Civil Veterinary Dept. Bombay admin report 1923-31 - 1923-1931
Year: 1923
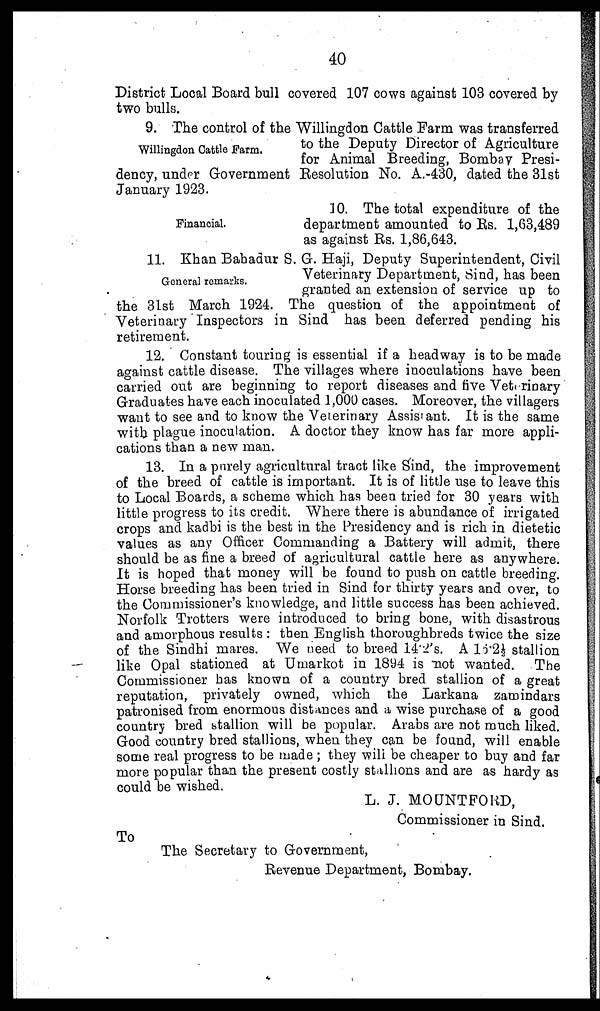
40
District Local Board bull covered 107 cows against 103 covered by
two bulls.
Willingdon Cattle Farm.
9. The control of the Willingdon Cattle Farm was transferred
to the Deputy Director of Agriculture
for Animal Breeding, Bombay Presi-
dency, under Government Resolution No. A.-430, dated the 31st
January 1923.
Financial.
10. The total expenditure of the
department amounted to Rs. 1,63,489
as against Rs. 1,86,643.
General remarks.
11. Khan Bahadur S. G. Haji, Deputy Superintendent, Civil
Veterinary Department, Sind, has been
granted an extension of service up to
the 31st March 1924. The question of the appointment of
Veterinary Inspectors in Sind has been deferred pending his
retirement.
12. Constant touring is essential if a headway is to be made
against cattle disease. The villages where inoculations have been
carried out are beginning to report diseases and five Veterinary
Graduates have each inoculated 1,000 cases. Moreover, the villagers
want to see and to know the Veterinary Assistant. It is the same
with plague inoculation. A doctor they know has far more appli-
cations than a new man.
13. In a purely agricultural tract like Sind, the improvement
of the breed of cattle is important. It is of little use to leave this
to Local Boards, a scheme which has been tried for 30 years with
little progress to its credit. Where there is abundance of irrigated
crops and kadbi is the best in the Presidency and is rich in dietetic
values as any Officer Commanding a Battery will admit, there
should be as fine a breed of agricultural cattle here as anywhere.
It is hoped that money will be found to push on cattle breeding.
Horse breeding has been tried in Sind for thirty years and over, to
the Commissioner's knowledge, and little success has been achieved.
Norfolk Trotters were introduced to bring bone, with disastrous
and amorphous results: then English thoroughbreds twice the size
of the Sindhi mares. We need to breed 14.2's. A 16 2½ stallion
like Opal stationed at Umarkot in 1894 is not wanted. The
Commissioner has known of a country bred stallion of a great
reputation, privately owned, which the Larkana zamindars
patronised from enormous distances and a, wise purchase of a good
country bred stallion will be popular. Arabs are not much liked.
Good country bred stallions, when they can be found, will enable
some real progress to be made ; they will be cheaper to buy and far
more popular than the present costly stallions and are as hardy as
could be wished.
L. J. MOUNTFORD,
Commissioner in Sind.
To
The Secretary to Government,
Revenue Department, Bombay.